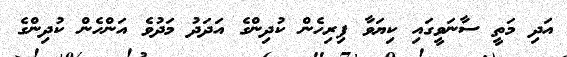
އަދި މަތީ ސާނަވީގައި ކިޔަވާ ފިރިހެން ކުދިންގެ އަދަދު މަދުވެ އަންހެން ކުދިންގެ